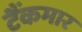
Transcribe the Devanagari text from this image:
टैंकमार